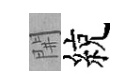
𨳩綂